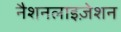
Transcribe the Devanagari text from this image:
नैशनलाइज़ेशन